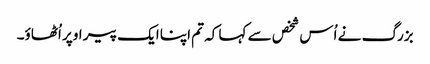
بزرگ نے اُس شخص سے کہا کہ تم اپنا ایک پیر اوپر اُٹھاؤ۔